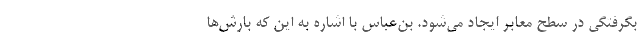
بگرفتگی در سطح معابر ایجاد می‌شود. بن‌عباس با اشاره به این که بارش‌ها